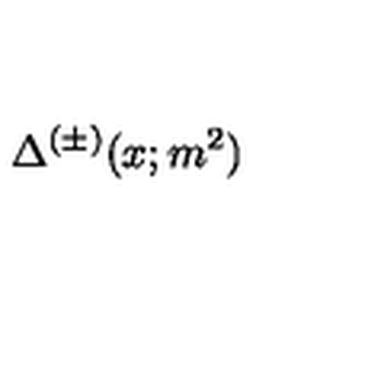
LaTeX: \Delta ^ { ( \pm ) } ( x ; m ^ { 2 } )